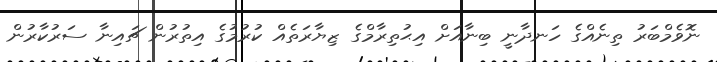
ނޮވެމްބަރު ތިނެއްގެ ހަނދާނީ ބިނާއަށް އިޙުތިރާމްގެ ޒިޔާރަތެއް ކުރުމުގެ އިތުރުން ޗައިނާ ސަރުކާރުން